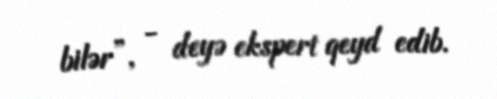
bilər”, - deyə ekspert qeyd edib.